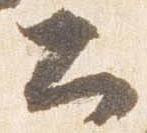
公